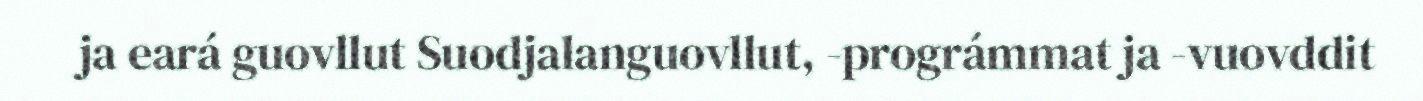
ja eará guovllut Suodjalanguovllut, -prográmmat ja -vuovddit